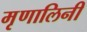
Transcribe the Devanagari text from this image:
मृृणालिनी